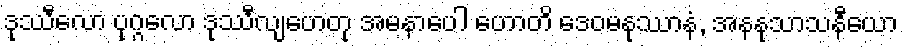
ဒုဿီလော ပုဂ္ဂလော ဒုဿီလျဟေတု အမနာပေါ ဟောတိ ဒေဝမနုဿာနံ, အနနုသာသနီယော